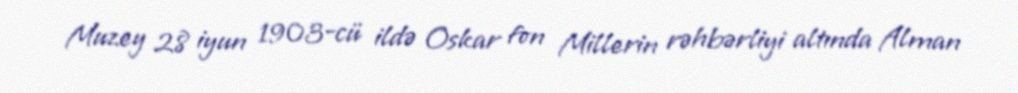
Muzey 28 iyun 1903-cü ildə Oskar fon Millerin rəhbərliyi altında Alman